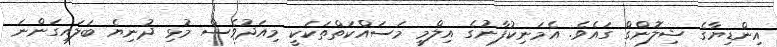
އިންޑިޔާގެ ޝިލޮންގް ގައެވެ. އެމަނިކުފާނުގެ އިލްމީ މަސައްކަތްތަކަކީ މިއަދުވެސް މުޅި ދުނިޔެ ބަލައިގަންނަ